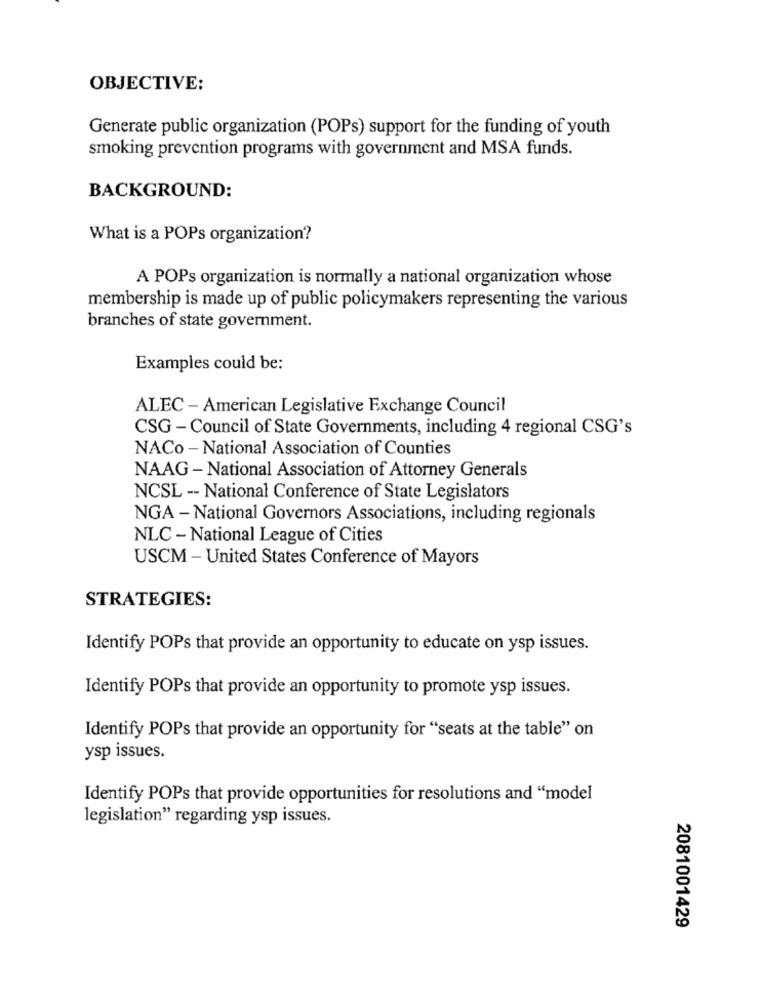
OBJECTIVE:
Generate public organization (POPs) support for the funding of youth
smoking prevention programs with government and MSA funds.
BACKGROUND:
What is a POPs organization?
A POPs organization is normally a national organization whose
membership is made up of public policymakers representing the various
branches of state government.
Examples could be:
ALEC - American Legislative Exchange Council
CSG - Council of State Governments, including 4 regional CSG's
NACo - National Association of Counties
NAAG - National Association of Attorney Generals
NCSL -- National Conference of State Legislators
NGA - National Governors Associations, including regionals
NLC - National League of Cities
USCM - United States Conference of Mayors
STRATEGIES:
Identify POPs that provide an opportunity to educate on ysp issues.
Identify POPs that provide an opportunity to promote ysp issues.
Identify POPs that provide an opportunity for "seats at the table" on
ysp issues.
Identify POPs that provide opportunities for resolutions and "model
legislation" regarding ysp issues.
2081001429